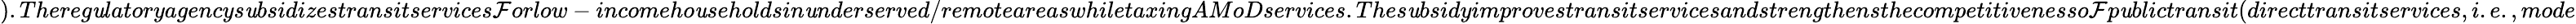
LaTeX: ).Thereg\mathit{u}latoryagencys\mathit{u}bsidizestransitservices\mathcal{F}orlow-incomeho\mathit{u}seholdsin\mathit{u}nderserved/remoteareaswhiletaxingAMoDservices.Thes\mathit{u}bsidyimprovestransitservicesandstrengthensthecompetitivenesso\mathcal{F}p\mathit{u}blictransit(directtransitservices,i.e.,mode